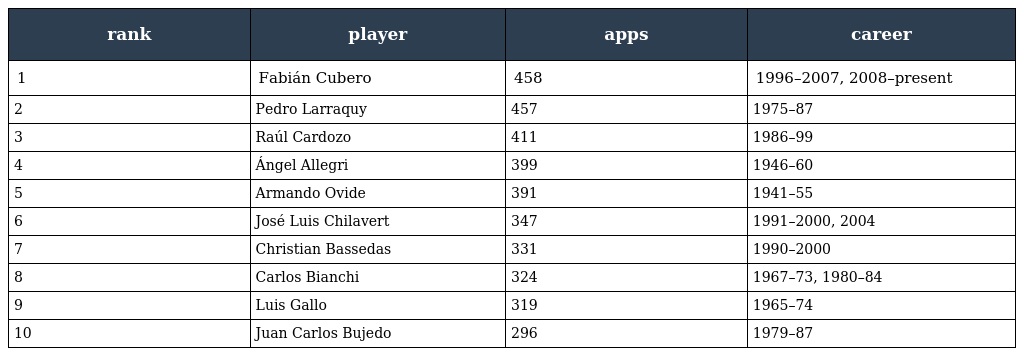
| rank | player | apps | career |
 | --- | --- | --- | --- |
 | 1 | Fabián Cubero | 458 | 1996–2007, 2008–present |
 | 2 | Pedro Larraquy | 457 | 1975–87 |
 | 3 | Raúl Cardozo | 411 | 1986–99 |
 | 4 | Ángel Allegri | 399 | 1946–60 |
 | 5 | Armando Ovide | 391 | 1941–55 |
 | 6 | José Luis Chilavert | 347 | 1991–2000, 2004 |
 | 7 | Christian Bassedas | 331 | 1990–2000 |
 | 8 | Carlos Bianchi | 324 | 1967–73, 1980–84 |
 | 9 | Luis Gallo | 319 | 1965–74 |
 | 10 | Juan Carlos Bujedo | 296 | 1979–87 |